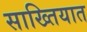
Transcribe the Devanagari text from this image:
साख्तियात